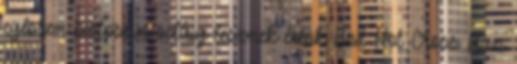
egészen biztosan odáig lesznek értük Brit Hot Cross Bun